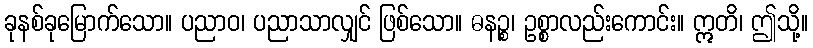
ခုနစ်ခုမြောက်သော။ ပညာဝ၊ ပညာသာလျှင် ဖြစ်သော။ ဓနဉ္စ၊ ဥစ္စာလည်းကောင်း။ ဣတိ၊ ဤသို့။